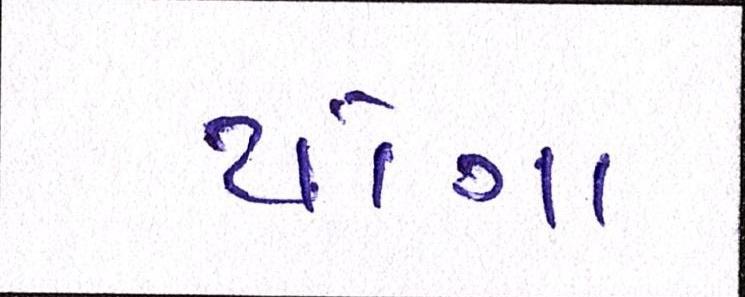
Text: યોગા